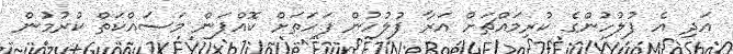
އަދި އެ ފުލުހުންގެ ކުރިމައްޗަށް އަރާ ފުލުހުން ފަހަތަށް ކޮއްޕަން މަސައްކަތް ކުރުމުން